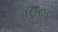
૧૦૦૦